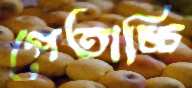
পেতাচ্চি